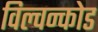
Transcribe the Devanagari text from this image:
विल्वन्कोड